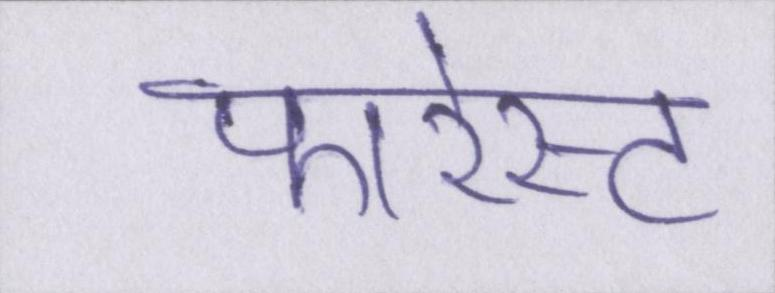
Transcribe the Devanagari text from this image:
फारेस्ट